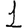
Digit: 1